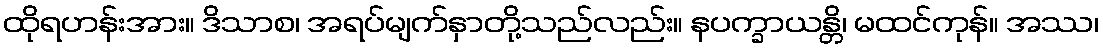
ထိုရဟန်းအား။ ဒိသာစ၊ အရပ်မျက်နှာတို့သည်လည်း။ နပက္ခာယန္တိ၊ မထင်ကုန်။ အဿ၊